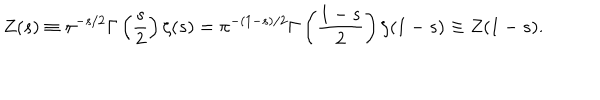
LaTeX: Z ( s ) \equiv \pi ^ { - s / 2 } \Gamma \left( \frac { s } { 2 } \right) \zeta ( s ) = \pi ^ { - ( 1 - s ) / 2 } \Gamma \left( \frac { 1 - s } { 2 } \right) \zeta ( 1 - s ) \equiv Z ( 1 - s ) .